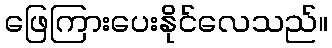
ဖြေကြားပေးနိုင်လေသည်။